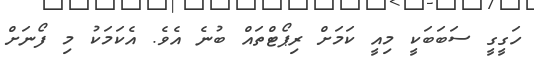
ހަގީގީ ސަބަބަކީ މިއީ ކަމަށް ރިޕޯޓްތައް ބުނެ އެވެ. އެކަމަކު މި ފޯނަށް